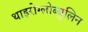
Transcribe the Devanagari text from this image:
थाइरोग्लोब्युलिन